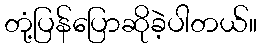
တုံ့ပြန်ပြောဆိုခဲ့ပါတယ်။